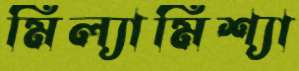
মিল্যামিশ্যা